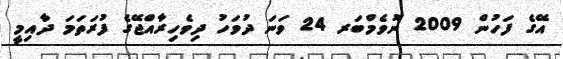
އޭގެ ފަހުން 2009 ނޮވެމްބަރ 24 ވަނަ ދުވަހު ދިވެހިރާއްޖޭގެ ފުރަތަމަ ދާއިމީ